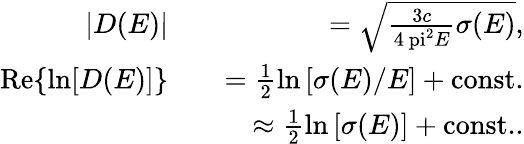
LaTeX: \begin{array}{rlr}{|D(E)|}&{}&{=\sqrt{\frac{3c}{4\mathrm{\ pi}^{2}E}\sigma(E)},}\\ {\mathrm{Re}\{ \ln[D(E)]\} }&{}&{=\frac{1}{2}\ln\left[\sigma(E)/E\right]+\mathrm{const.}}\\ &{}&{\approx\frac{1}{2}\ln\left[\sigma(E)\right]+\mathrm{const.}.}\end{array}